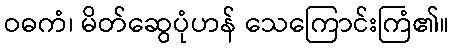
ဝဓကံ၊ မိတ်ဆွေပုံဟန် သေကြောင်းကြံ၏။